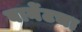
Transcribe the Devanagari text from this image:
बार्नेटचा